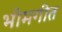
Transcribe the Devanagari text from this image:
भीमगीत